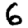
Digit: 6